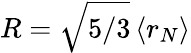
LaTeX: R=\sqrt{5/3}\, \langle r_{N}\rangle